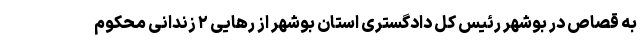
به قصاص در بوشهر رئیس کل دادگستری استان بوشهر از رهایی ۲ زندانی محکوم